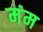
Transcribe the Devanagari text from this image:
मंम